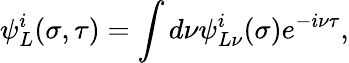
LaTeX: \psi_{L}^{i}(\sigma,\tau)=\int d\nu\psi_{L\nu}^{i}(\sigma)e^{-i\nu\tau},